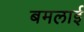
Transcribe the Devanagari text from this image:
बमलाई